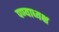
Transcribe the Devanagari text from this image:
पण्याध्यक्ष